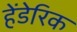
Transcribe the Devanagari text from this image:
हेंडेरिक